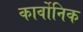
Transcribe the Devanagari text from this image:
कार्वोनिक